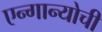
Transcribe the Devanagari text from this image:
एन्गान्योची